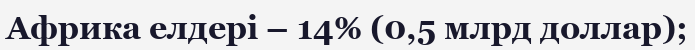
Африка елдері – 14% (0,5 млрд доллар);